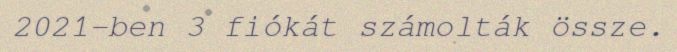
2021-ben 3 fiókát számolták össze.